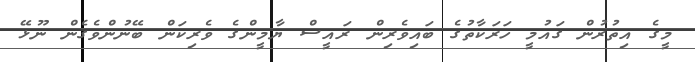
މީގެ އިތުރުން ގައުމީ ހަރަކާތުގެ ބައިވެރިން ރައީސް ޔާމީންގެ ވެރިކަން ބޭނުންވެގެން ނޫޅޭ